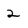
Character: 2